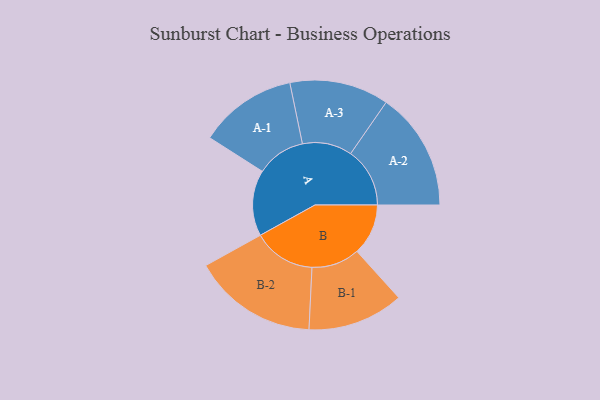
{"axis": {"x": "Segment", "y": "Value"}, "legend": ["", "A", "B"], "data": [{"x": "A", "y": 207, "type": ""}, {"x": "B", "y": 161, "type": ""}, {"x": "A-1", "y": 154, "type": "A"}, {"x": "A-2", "y": 186, "type": "A"}, {"x": "A-3", "y": 156, "type": "A"}, {"x": "B-1", "y": 151, "type": "B"}, {"x": "B-2", "y": 196, "type": "B"}]}